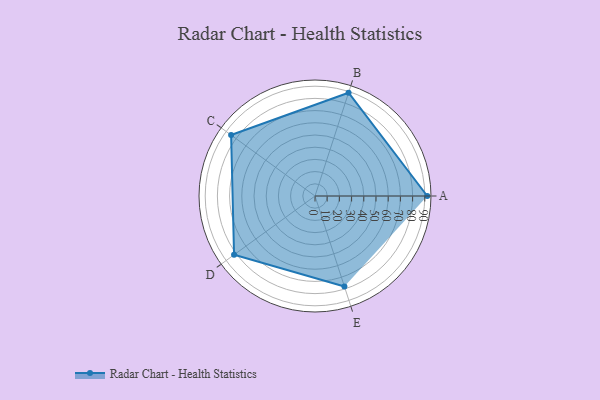
{"axis": {"x": "Skill", "y": "Score"}, "legend": ["Profile"], "data": [{"x": "A", "y": 92.0, "type": "Profile"}, {"x": "B", "y": 89.0, "type": "Profile"}, {"x": "C", "y": 85.0, "type": "Profile"}, {"x": "D", "y": 82.0, "type": "Profile"}, {"x": "E", "y": 78.0, "type": "Profile"}]}